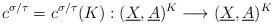
LaTeX: \begin{align*}c^{\sigma/\tau}=c^{\sigma/\tau}(K):(\underline{X},\underline{A})^K\longrightarrow (\underline{X},\underline{A})^K\end{align*}